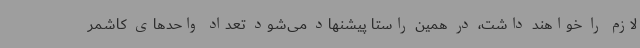
لازم را خواهند داشت، در همین راستا پیشنهاد می‌شود تعداد واحدهای کاشمر